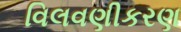
વિલવણીકરણ